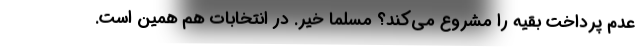
عدم پرداخت بقیه را مشروع می‌کند؟ مسلماً خیر. در انتخابات هم همین است.